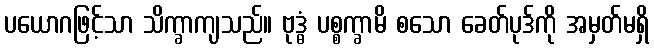
ပယောဂဖြင့်သာ သိက္ခာကျသည်။ ဗုဒ္ဓံ ပစ္စက္ခာမိ စသော ခေတ်ပုဒ်ကို အမှတ်မရှိ